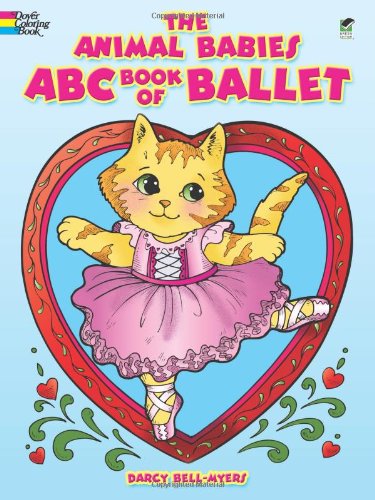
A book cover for The Animal Babies ABC Book of Ballet (Dover Coloring Books); Darcy Bell-Myers; Children's Books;